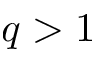
q > 1